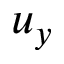
u _ { y }